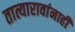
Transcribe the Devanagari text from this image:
तात्यारावांनाही